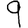
Digit: 9